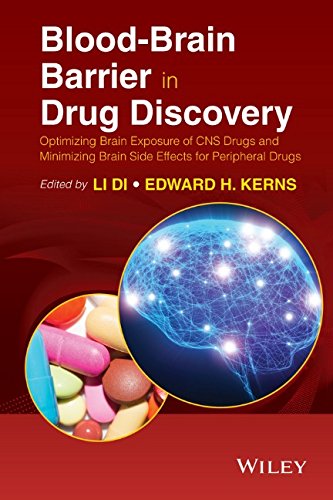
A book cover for Blood-Brain Barrier in Drug Discovery: Optimizing Brain Exposure of CNS Drugs and Minimizing Brain Side Effects for Peripheral Drugs; Medical Books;